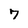
Character: 7